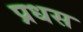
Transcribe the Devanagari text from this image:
प्रधस